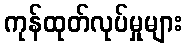
ကုန်ထုတ်လုပ်မှုများ